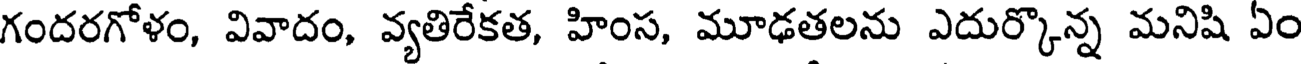
గందరగోళం, వివాదం, వ్యతిరేకత, హింస, మూఢతలను ఎదుర్కొన్న మనిషి ఏం